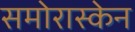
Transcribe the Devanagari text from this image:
समोरास्केन